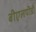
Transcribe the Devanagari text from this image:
बीएलपीडी